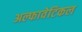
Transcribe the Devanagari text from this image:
अल्फावेटिकल